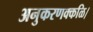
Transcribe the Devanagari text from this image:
अनुकरणक्कळि।